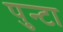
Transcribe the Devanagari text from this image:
पुन्टा